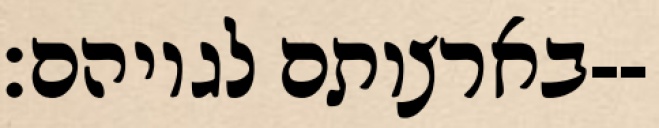
בארצותם לגויהם׃--